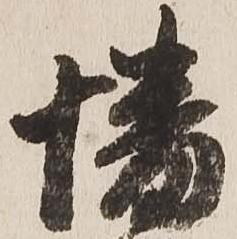
幡